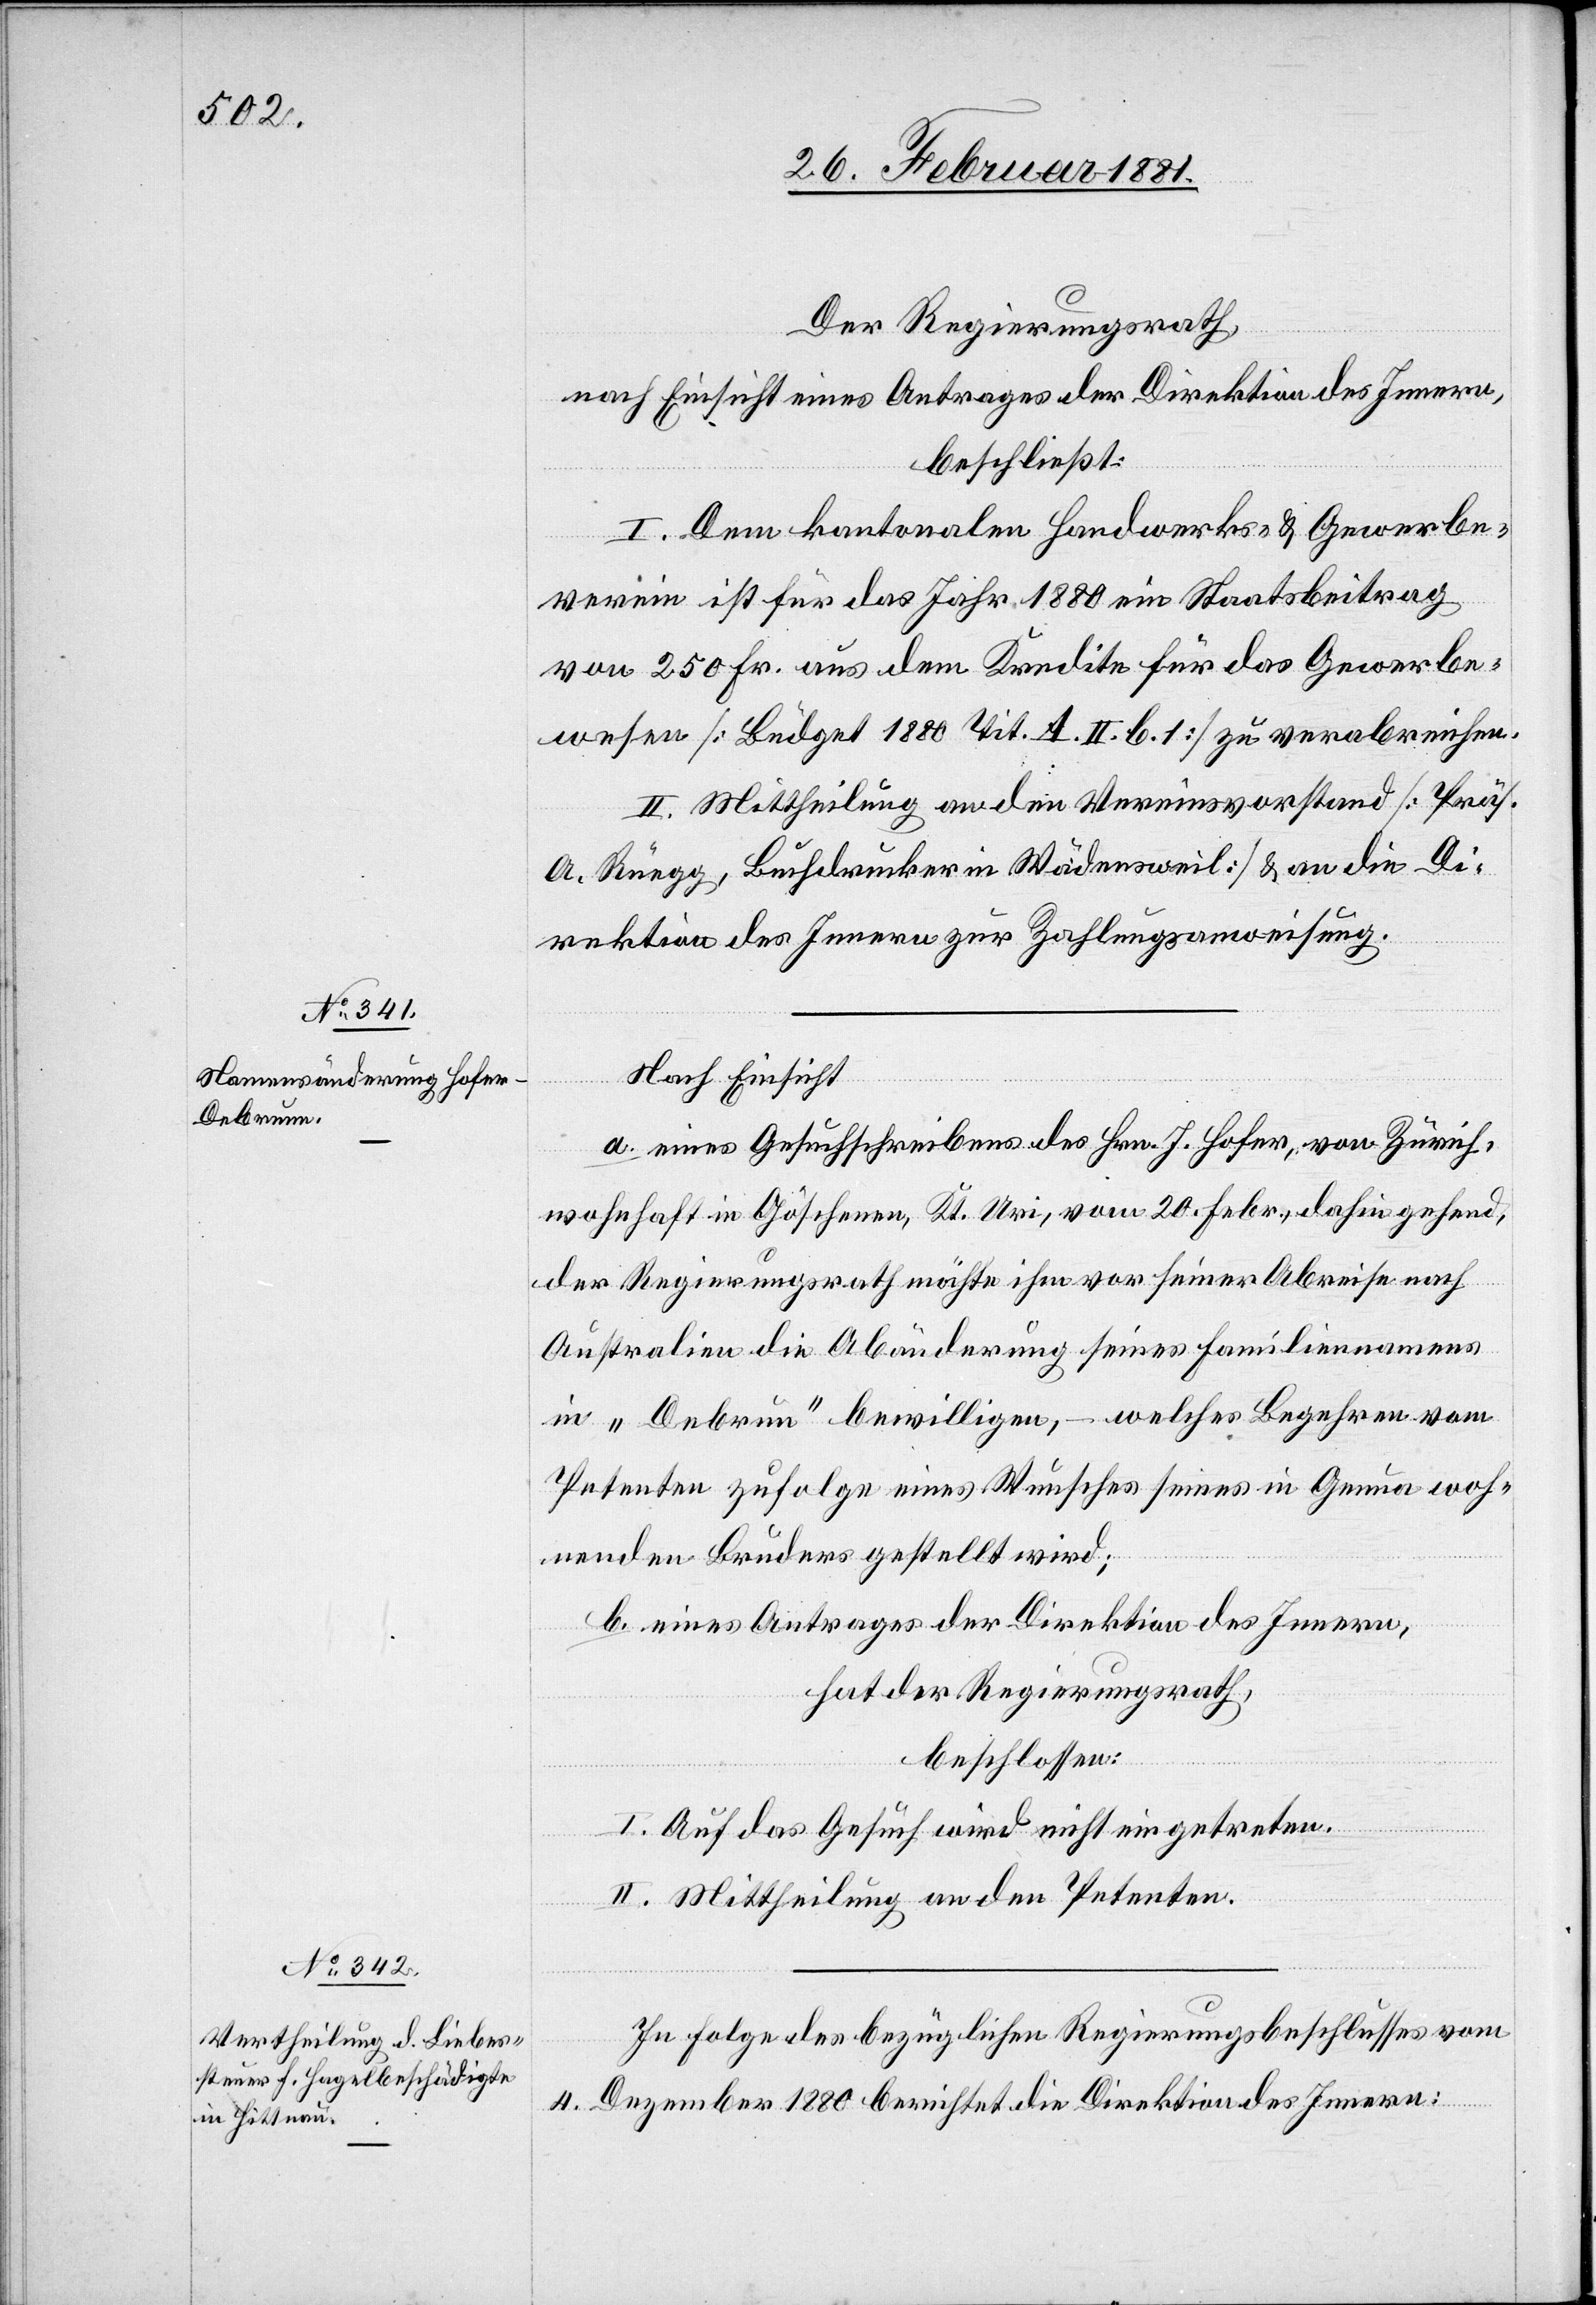
Der Regierungsrath,
nach Einsicht eines Antrages der Direktion des Innern,
beschließt:
I. Dem kantonalen Handwerks- & Gewerbe¬
verein ist für das Jahr 1880 ein Staatsbeitrag
von 250 Fr. aus dem Kredite für das Gewerbe¬
wesen [Büdget 1880 Tit. A. II. b. 1] zu verabreichen.
II. Mittheilung an den Vereinsvorstand [Präs.
A. Rüegg, Buchdrucker in Wädensweil] & an die Di¬
rektion des Innern zur Zahlungsanweisung.
Nach Einsicht
a. eines Gesuchschreibens des Hrn. J. Hofer, von Zürich,
wohnhaft in Göschenen, Kt. Uri, vom 20. Febr., dahin gehend,
der Regierungsrath möchte ihm vor seiner Abreise nach
Australien die Abänderung seines Familiennamens
in „Debrunn“ bewilligen, – welches Begehren vom
Petenten zufolge eines Wunsches seines in Genua woh¬
nenden Bruders gestellt wird;
b. eines Antrages der Direktion des Innern,
hat der Regierungsrath,
beschlossen:
I. Auf das Gesuch wird nicht eingetreten.
II. Mittheilung an den Petenten.
In Folge des bezüglichen Regierungsbeschlusses vom
4. Dezember 1880 berichtet die Direktion des Innern: